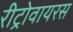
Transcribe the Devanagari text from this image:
रीट्रोवायरस